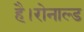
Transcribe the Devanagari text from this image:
है।रोनाल्ड